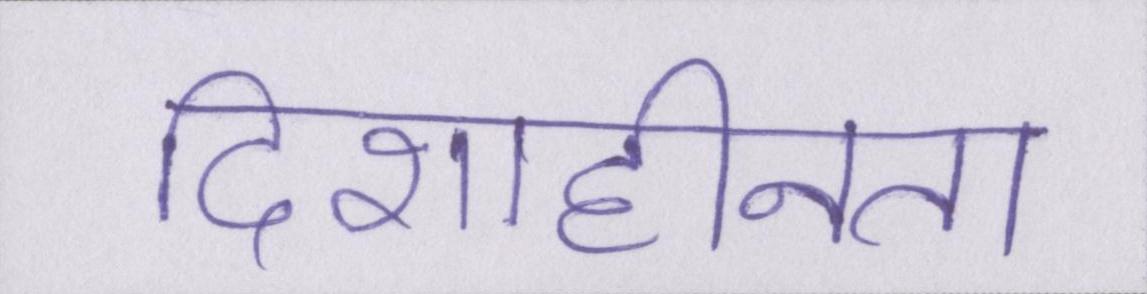
दिशाहीनता